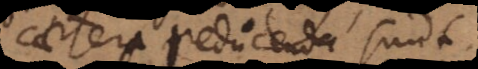
caetera reducenda sunt.